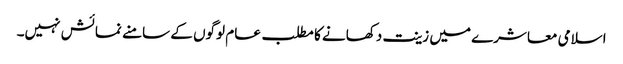
اسلامی معاشرے میں زینت دکھانے کا مطلب عام لوگوں کے سامنے نمائش نہیں۔